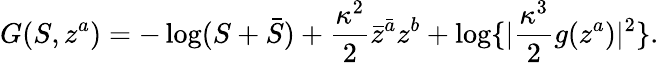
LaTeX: G(S,z^{a})=-\log(S+\bar{S})+\frac{\kappa^{2}}{2}\bar{z}^{\bar{a}}z^{b}+\log\lbrace|\frac{\kappa^{3}}{2}g(z^{a})|^{2}\rbrace.